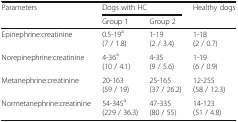
<table><thead><tr><td><b>Parameters</b></td><td colspan="2"><b>Dogs with HC</b></td><td><b>Healthy dogs</b></td></tr><tr><td></td><td><b>Group 1</b></td><td><b>Group 2</b></td><td></td></tr></thead><tbody><tr><td>Epinephrine:creatinine</td><td>0.5-19<sup>a</sup>(7 / 1.8)</td><td>1-19(2 / 3.4)</td><td>1-18(2 / 0.7)</td></tr><tr><td>Norepinephrine:creatinine</td><td>4-36<sup>a</sup>(10 / 4.1)</td><td>4-35(9 / 5.6)</td><td>1-19(6 / 0.9)</td></tr><tr><td>Metanephrine:creatinine</td><td>20-163(59 / 19)</td><td>25-165(37 / 26.2)</td><td>12-255(58 / 12.3)</td></tr><tr><td>Normetanephrine:creatinine</td><td>54-345<sup>a</sup>(229 / 36.3)</td><td>47-335(80 / 55)</td><td>14-123(51 / 4.8)</td></tr></tbody></table>